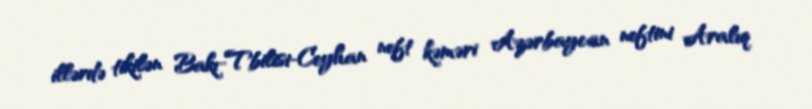
illərdə tikilən Bakı-Tbilisi-Ceyhan neft kəməri Azərbaycan neftini Aralıq